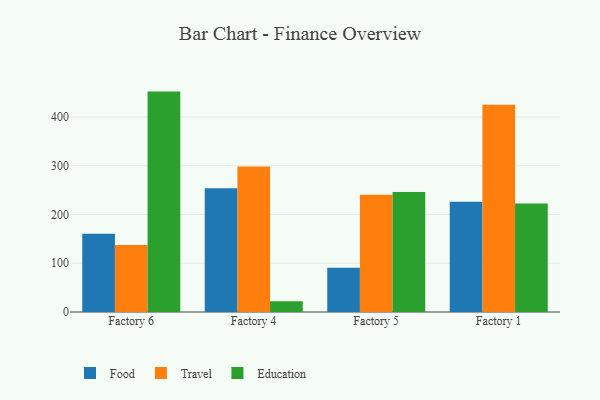
{"axis": {"x": "Factory", "y": "Inventory Turnover"}, "legend": ["Education", "Food", "Travel"], "data": [{"x": "Factory 6", "y": 160.7, "type": "Food"}, {"x": "Factory 6", "y": 137.3, "type": "Travel"}, {"x": "Factory 6", "y": 452.2, "type": "Education"}, {"x": "Factory 4", "y": 253.9, "type": "Food"}, {"x": "Factory 4", "y": 298.7, "type": "Travel"}, {"x": "Factory 4", "y": 22.2, "type": "Education"}, {"x": "Factory 5", "y": 90.7, "type": "Food"}, {"x": "Factory 5", "y": 240.5, "type": "Travel"}, {"x": "Factory 5", "y": 246.3, "type": "Education"}, {"x": "Factory 1", "y": 226.1, "type": "Food"}, {"x": "Factory 1", "y": 425.1, "type": "Travel"}, {"x": "Factory 1", "y": 222.4, "type": "Education"}]}